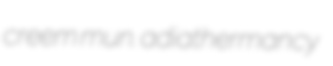
creem mun. adiathermancy